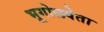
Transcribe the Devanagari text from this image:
भूगोलवेता